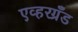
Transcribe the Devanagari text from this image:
एव्हरग्रँड